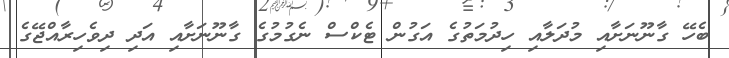
ބެހޭ ގާނޫނަށާއި މުދަލާއި ހިދުމަތުގެ އަގުން ޓެކްސް ނެގުމުގެ ގާނޫނަށާއި އަދި ދިވެހިރާއްޖޭގެ